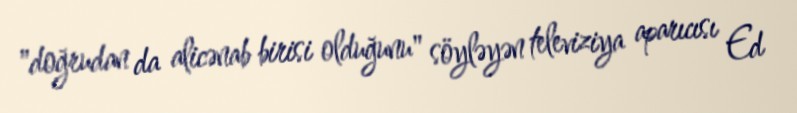
"doğrudan da alicənab birisi olduğunu" söyləyən televiziya aparıcısı Ed